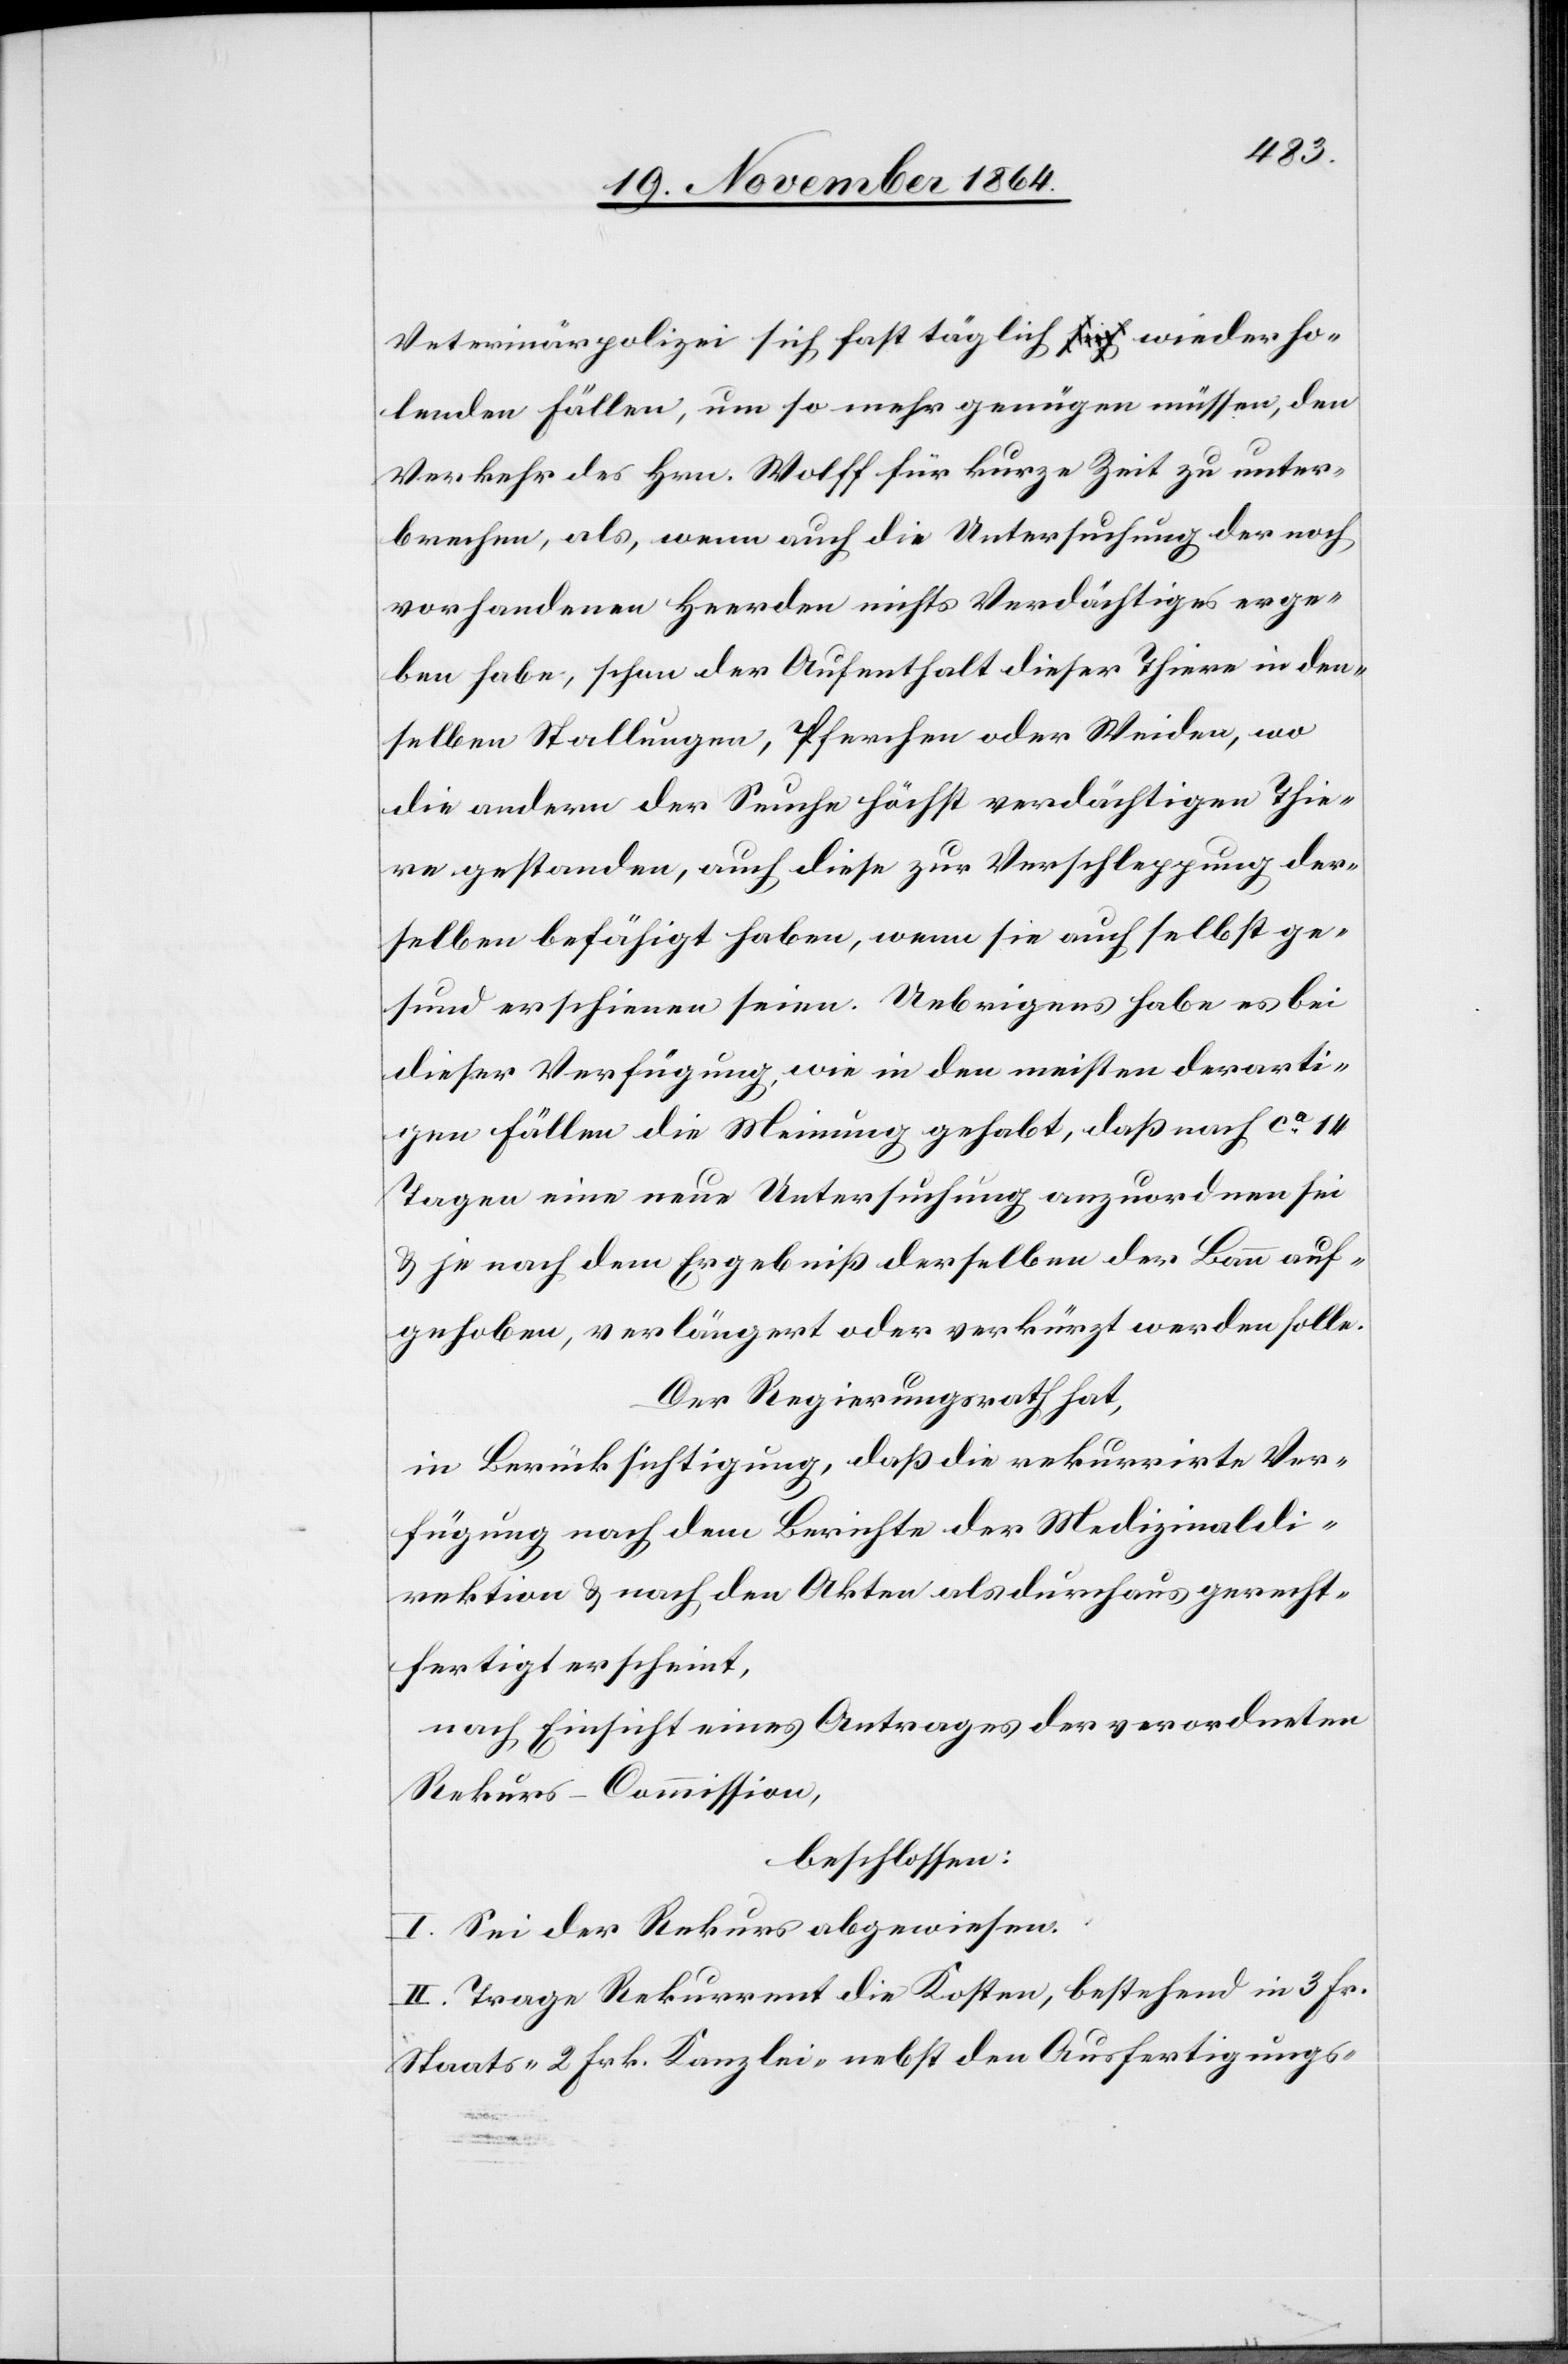
c!]
Veterinärpolizei sich täglich wiederho¬
lenden Fällen, um so mehr genügen müssen, den
Verkehr des Hrn. Wolff für kurze Zeit zu unter¬
brechen, als, wenn auch die Untersuchung der noch
vorhandenen Heerden nichts Verdächtiges erge¬
ben habe, schon der Aufenthalt dieser Thiere in den¬
selben Stallungen, Pferchen oder Weiden, wo
die andern der Seuche höchst verdächtigen Thie¬
re gestanden, auch diese zur Verschleppung der¬
selben befähigt haben, wenn sie auch selbst ge¬
sund erschienen seien. Uebrigens habe es [si¬
dieser Verfügung, wie in den meisten derarti¬
gen Fällen die Meinung gehabt, daß nach ca 14
Tagen eine neue Untersuchung anzuordnen sei
& je nach dem Ergebniß derselben der Bann auf¬
gehoben, verlängert oder verkürzt werden solle.
Der Regierungsrath hat,
in Berücksichtigung, daß die rekurrirte Ver¬
fügung nach dem Berichte der Medizinaldi¬
rektion & nach den Akten als durchaus gerecht¬
fertigt erscheint,
nach Einsicht eines Antrages der verordneten
Rekurs-Commission,
beschlossen:
I. Sei der Rekurs abgewiesen.
II. Trage Rekurrent die Kosten, bestehend in 3 Fr.
Staats- 2 Frk. Kanzlei- nebst den Ausfertigungs-